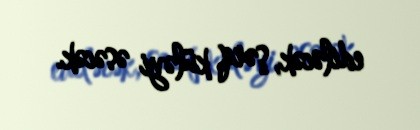
ediləcək, şərq küləyi əsəcək.